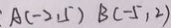
A ( - 2 . , 5 ) B ( - 5 , 2 )